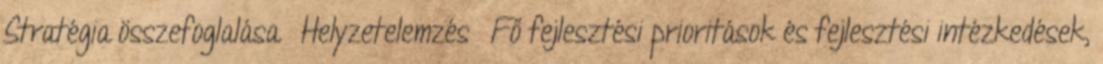
Stratégia összefoglalása ▪Helyzetelemzés ▪Fő fejlesztési prioritások és fejlesztési intézkedések,